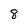
Character: 8